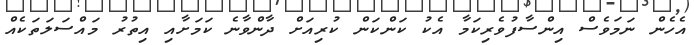
އެހެން ނަމަވެސް އިންސާފުވެރިކަމާ އެކު ކަންކަން ކުރިއަށް ދާންވާނެ ކަމަށާއި އިތުރު މައްސަލަތަކެއް